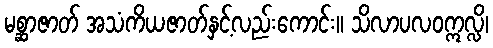
မစ္ဆာဇာတ် အသံကိယဇာတ်နှင့်လည်းကောင်း။ သိလာပလဝဣလ္လိ၊